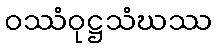
ဝဿံဝုဋ္ဌသံဃဿ